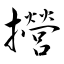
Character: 攚